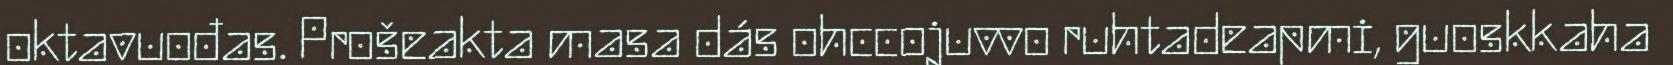
oktavuođas. Prošeakta masa dás ohccojuvvo ruhtadeapmi, guoskkaha